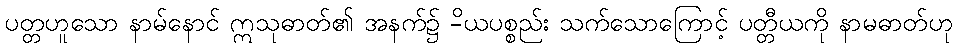
ပတ္တဟူသော နာမ်နောင် ဣသုဓာတ်၏ အနက်၌ -ိယပစ္စည်း သက်သောကြောင့် ပတ္တီယကို နာမဓာတ်ဟု